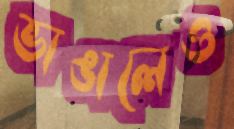
ভাঙালেও